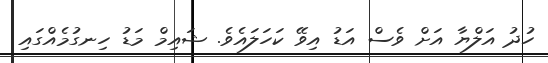
ހުދު އަލްޔާ އަށް ވެސް އަޑު އިވޭ ކަހަލައެވެ. ޝައިމް މަޑު ހިނގުމެއްގައި